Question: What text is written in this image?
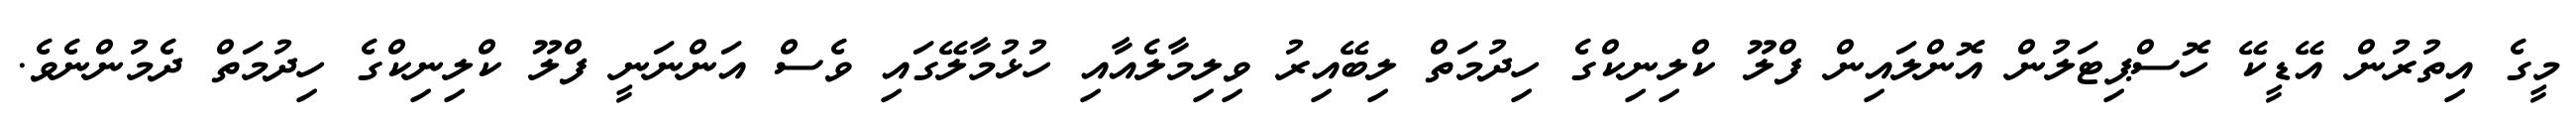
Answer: މީގެ އިތުރުން އޭޑީކޭ ހޮސްޕިޓަލުން އޮންލައިން ފްލޫ ކްލިނިކްގެ ހިދުމަތް ލިބޭއިރު ވިލިމާލެއާއި ހުޅުމާލޭގައި ވެސް އަންނަނީ ފްލޫ ކްލިނިކްގެ ހިދުމަތް ދެމުންނެވެ.